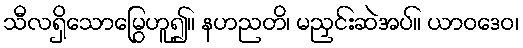
သီလရှိသောမြွေဟူ၍။ နဟညတိ၊ မညှင်းဆဲအပ်။ ယာဝဒေဝ၊